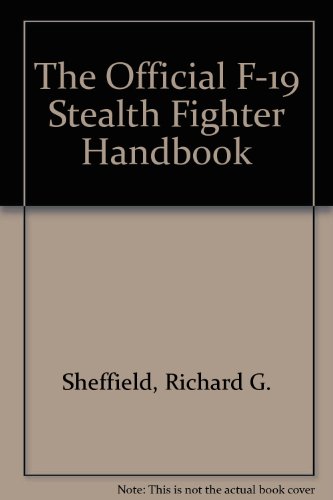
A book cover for The Official F-19 Stealth Fighter Handbook; Richard G. Sheffield; Science Fiction & Fantasy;